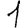
Digit: 1